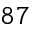
8 7